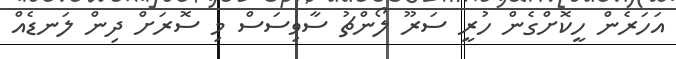
އަހަރެން ހީކޮށްގެން ހުރީ ސަރޫ ލޯންޗު ސާވިސަސް މި ސޮރަށް ދިން ލަނޑެއް